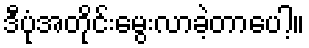
ဒီပုံအတိုင်းမွေးလာခဲ့တာပေါ့။